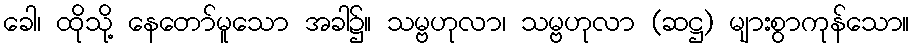
ခေါ၊ ထိုသို့ နေတော်မူသော အခါ၌။ သမ္ဗဟုလာ၊ သမ္ဗဟုလာ (ဆဋ္ဌ) များစွာကုန်သော။